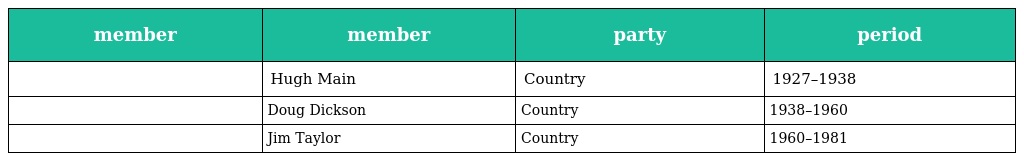
| member | member | party | period |
 | --- | --- | --- | --- |
 |  | Hugh Main | Country | 1927–1938 |
 |  | Doug Dickson | Country | 1938–1960 |
 |  | Jim Taylor | Country | 1960–1981 |